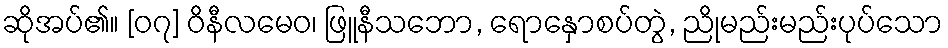
ဆိုအပ်၏။ [၀၇] ဝိနီလမေဝ၊ ဖြူနီသဘော, ရောနှောစပ်တွဲ, ညိုမည်းမည်းပုပ်သော